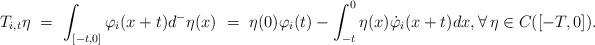
LaTeX: \begin{align*}T_{i,t}\eta \ = \ \int_{[-t,0]}\varphi_i(x+t)d^-\eta(x) \ = \ \eta(0)\varphi_i(t) - \int_{-t}^0 \eta(x)\dot{\varphi}_i(x+t)dx, \forall\,\eta\in C([-T,0]).\end{align*}